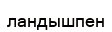
ландышпен